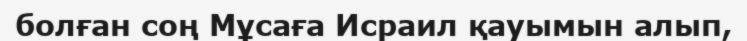
болған соң Мұсаға Исраил қауымын алып,